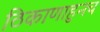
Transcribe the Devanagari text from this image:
ठिकाणाहुनच